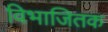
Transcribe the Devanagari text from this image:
विभाजितक